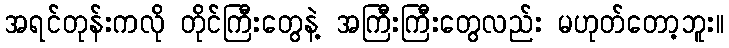
အရင်တုန်းကလို တိုင်ကြီးတွေနဲ့ အကြီးကြီးတွေလည်း မဟုတ်တော့ဘူး။